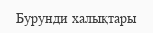
Бурунди халықтары